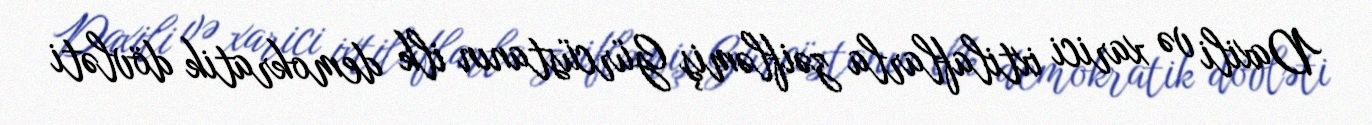
Daxili və xarici ixtilaflarla zəifləmiş Gürcüstanın ilk demokratik dövləti